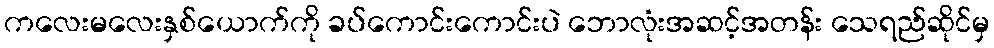
ကလေးမလေးနှစ်ယောက်ကို ခပ်ကောင်းကောင်းပဲ ဘောလုံးအဆင့်အတန်း သေရည်ဆိုင်မှ